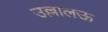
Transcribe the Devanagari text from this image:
उल्लालऊ